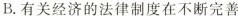
B.有关经济的法律制度在不断完善